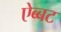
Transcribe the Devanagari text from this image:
ऐब्बट